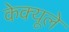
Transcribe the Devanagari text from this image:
केक्यूले